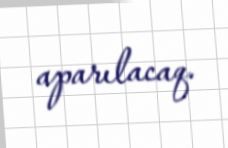
aparılacaq.